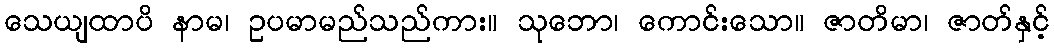
သေယျထာပိ နာမ၊ ဥပမာမည်သည်ကား။ သုဘော၊ ကောင်းသော။ ဇာတိမာ၊ ဇာတ်နှင့်